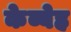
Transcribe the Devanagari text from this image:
केब्बेह